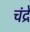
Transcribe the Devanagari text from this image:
चंद्रे